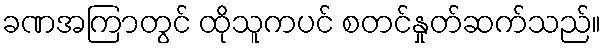
ခဏအကြာတွင် ထိုသူကပင် စတင်နှုတ်ဆက်သည်။